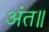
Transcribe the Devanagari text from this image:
अंत॥